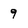
Character: 9